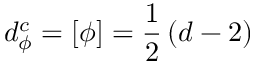
d _ { \phi } ^ { c } = \left[ \phi \right] = \frac { 1 } { 2 } \left( d - 2 \right)